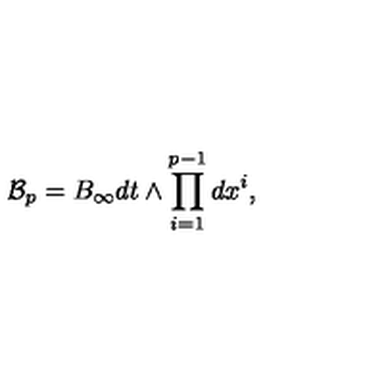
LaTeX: { \mathcal B } _ { p } = B _ { \infty } d t \wedge \prod _ { i = 1 } ^ { p - 1 } d x ^ { i } ,